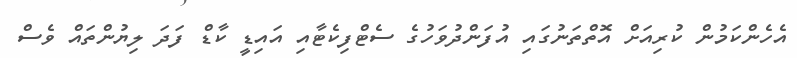
އެހެންކަމުން ކުރިއަށް އޮތްތަނުގައި އުފަންދުވަހުގެ ސެޓްފިކެޓާއި އައިޑީ ކާޑް ފަދަ ލިޔުންތައް ވެސް